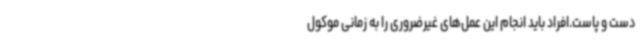
دست و پاست.افراد باید انجام این عمل‌های غیرضروری را به زمانی موکول